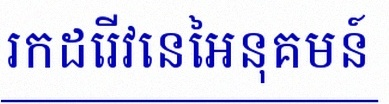
រកដេរីវេនៃអនុគមន៍